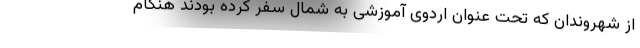
از شهروندان که تحت عنوان اردوی آموزشی به شمال سفر کرده بودند هنگام